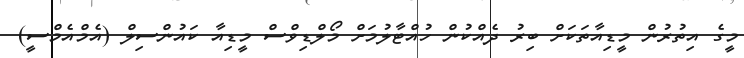
މީގެ އިތުރުން މީޑިއާތަކަށް ބިރު ދެއްކުން ހުއްޓާލުމަށް މޯލްޑިވްސް މީޑިއާ ކައުންސިލް (އެމްއެމްސީ)